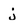
Character: j